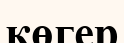
көгер